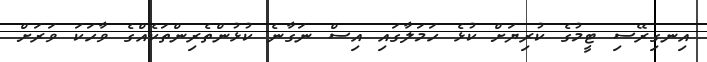
އިނގިރޭސި ޓީމުގެ ކުރިޔަށް ކުޅެ ހަމަލާގައި އިސް ނަގާނެ ކުޅުންތެރިންތަކެއްގެ ވާހަކަ ވަރަށް